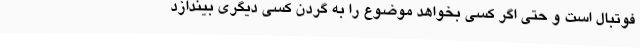
فوتبال است و حتی اگر کسی بخواهد موضوع را به گردن کسی دیگری بیندازد